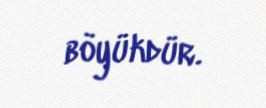
böyükdür.